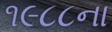
૧૯૮૮ના